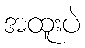
အထူးပဲ